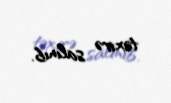
təxirə salınıb.